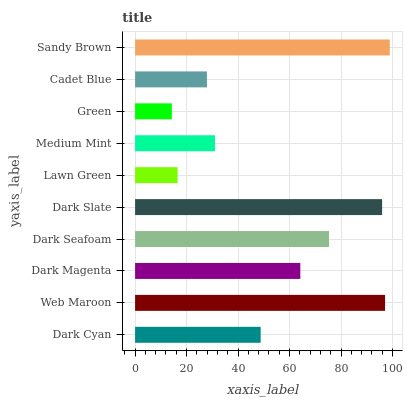
| yaxis_label | bars |
 | --- | --- |
 | Dark Cyan | 48.8 |
 | Web Maroon | 97.1 |
 | Dark Magenta | 64.2 |
 | Dark Seafoam | 75.3 |
 | Dark Slate | 95.9 |
 | Lawn Green | 16.5 |
 | Medium Mint | 31 |
 | Green | 14.3 |
 | Cadet Blue | 27.9 |
 | Sandy Brown | 98.9 |